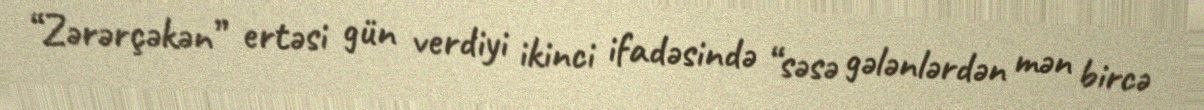
“Zərərçəkən” ertəsi gün verdiyi ikinci ifadəsində “səsə gələnlərdən mən bircə